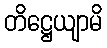
တိဋ္ဌေယျာမိ